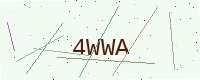
Text: 4WWA